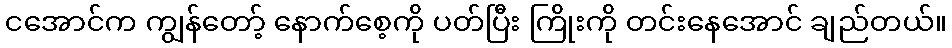
ငအောင်က ကျွန်တော့် နောက်စေ့ကို ပတ်ပြီး ကြိုးကို တင်းနေအောင် ချည်တယ်။